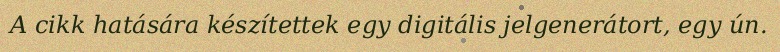
A cikk hatására készítettek egy digitális jelgenerátort, egy ún.